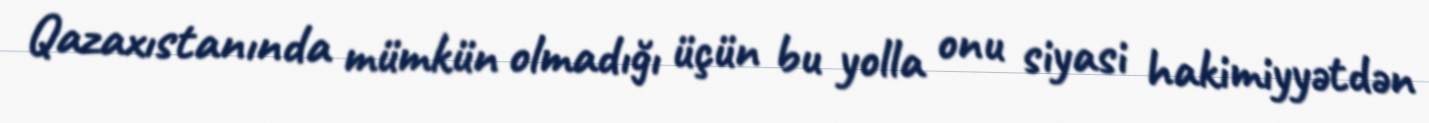
Qazaxıstanında mümkün olmadığı üçün bu yolla onu siyasi hakimiyyətdən